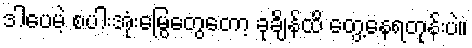
ဒါပေမဲ့ စပါးအုံးမြွေတွေတော့ ခုချိန်ထိ တွေ့နေရတုန်းပဲ။